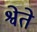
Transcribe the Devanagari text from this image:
श्वेते